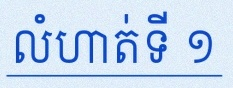
លំហាត់ទី ១